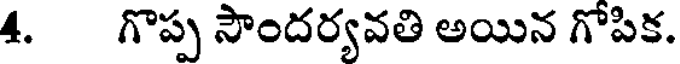
4. గొప్ప సౌందర్యవతి అయిన గోపిక.